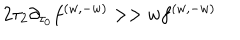
{ 2 \tau _ { 2 } \partial _ { \tau _ { 0 } } f ^ { ( w , - w ) } > > w f ^ { ( w , - w ) } }